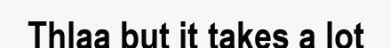
Thlaa but it takes a lot